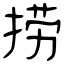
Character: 捞